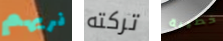
نريهم تركته خطيبة